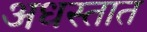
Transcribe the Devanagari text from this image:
अधस्तात